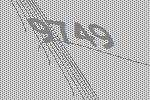
9749